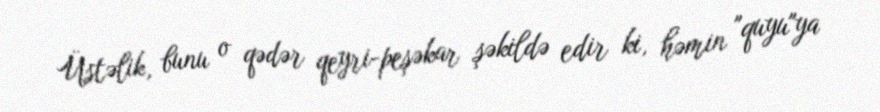
Üstəlik, bunu o qədər qeyri-peşəkar şəkildə edir ki, həmin "quyu"ya